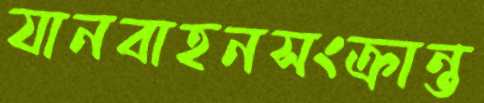
যানবাহনসংক্রান্ত